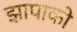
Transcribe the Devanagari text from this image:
झापाको